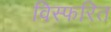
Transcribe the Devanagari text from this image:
विस्फरित